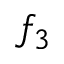
f _ { 3 }